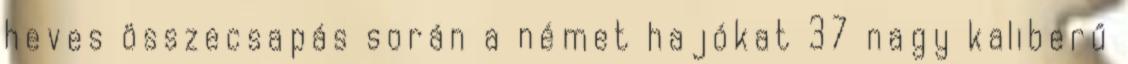
heves összecsapás során a német hajókat 37 nagy kaliberű